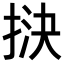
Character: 𢭯